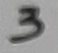
Text: 3